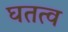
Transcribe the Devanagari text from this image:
घतत्व